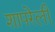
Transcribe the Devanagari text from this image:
शापरेली